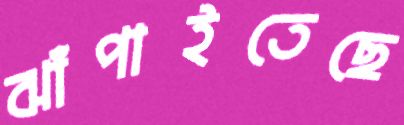
ঝাঁপাইতেছে